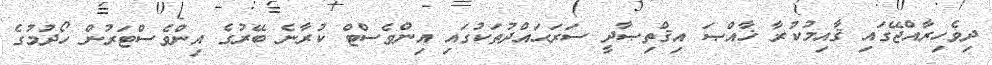
ދިވެހިރާއްޖޭގައި ޤާއިމުކުރާ ޚާއްޞަ އިޤްތިޞާދީ ސަރަޙައްދުތަކުގައި އިންވެސްޓް ކުރާނެ ބޭރުގެ އިންވެސްޓަރުން ހޯދުމުގެ